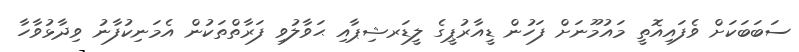
ސަބަބަކަށް ވެފައިއޮތީ މައުމޫނަށް ފަހުން ޑީއާރުޕީގެ ލީޑަރޝިޕާއި ޙަވާލުވި ފަރާތްތަކުން އެމަނިކުފާނު ވިދާޅުވާހާ